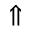
\Uparrow